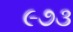
૯૭૩